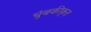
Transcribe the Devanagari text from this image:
चुंबकीकृत